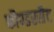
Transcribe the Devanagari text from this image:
कौण्डरसैट